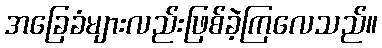
အခြေခံများလည်းဖြစ်ခဲ့ကြလေသည်။